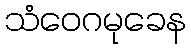
သံဝေဂမုခေန